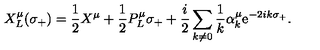
X _ { L } ^ { \mu } ( \sigma _ { + } ) = \frac { 1 } { 2 } X ^ { \mu } + \frac { 1 } { 2 } P _ { L } ^ { \mu } \sigma _ { + } + \frac { i } { 2 } \sum _ { k \neq 0 } \frac { 1 } { k } \alpha _ { k } ^ { \mu } \mathrm { e } ^ { - 2 i k \sigma _ { + } } .